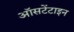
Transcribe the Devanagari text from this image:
ऑसटेंटाइन